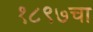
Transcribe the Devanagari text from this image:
१८९७चा